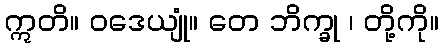
ဣတိ။ ဝဒေယျုံ။ တေ ဘိက္ခု ၊ တို့ကို။